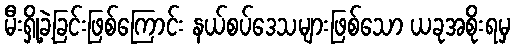
မီးရှို့ခဲ့ခြင်းဖြစ်ကြောင်း နယ်စပ်ဒေသများဖြစ်သော ယခုအစိုးရမှ